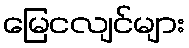
မြေငလျင်များ